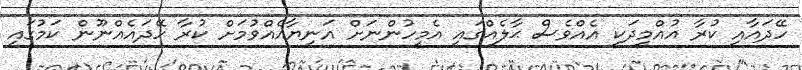
ހޭދައާއި ކުރާ އުއްމީދަކީ އެއްވެސް ޙާލެއްގައި އެމީހުންނަށް އަނިޔާއެއްވުމަށް ކުރާ ހޭދައެއްނޫން ކަމުގައި